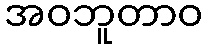
အဝဘူတာဝ